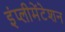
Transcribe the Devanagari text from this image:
इंप्लीमेंटेशन